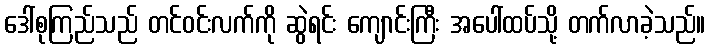
ဒေါ်စုကြည်သည် တင်ဝင်းလက်ကို ဆွဲရင်း ကျောင်းကြီး အပေါ်ထပ်သို့ တက်လာခဲ့သည်။